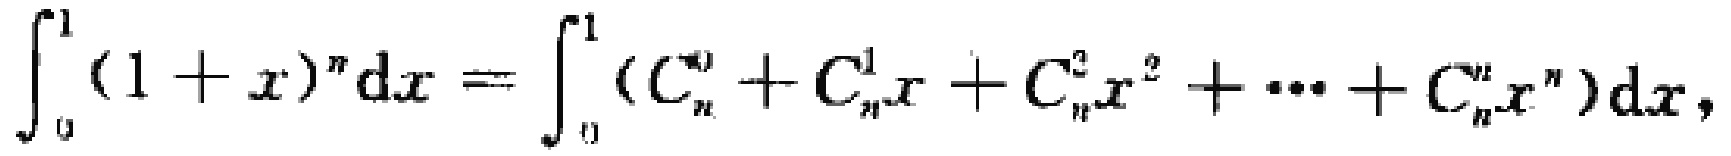
\(\int_{0}^{1}(1 + x)^{n}\mathrm{d}x = \int_{0}^{1}(C_{n}^{0}+C_{n}^{1}x + C_{n}^{2}x^{2}+\cdots + C_{n}^{n}x^{n})\mathrm{d}x\)